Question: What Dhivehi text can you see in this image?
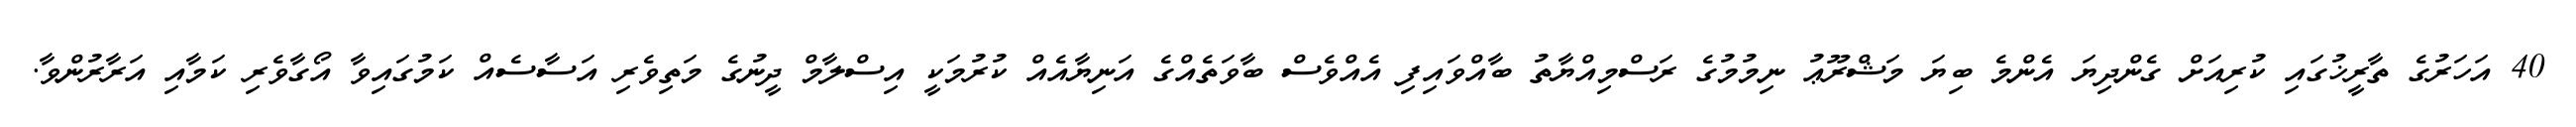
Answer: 40 އަހަރުގެ ތާރީޚުގައި ކުރިއަށް ގެންދިޔަ އެންމެ ބިޔަ މަޝްރޫޢު ނިމުމުގެ ރަސްމިއްޔާތު ބާއްވައިފި އެއްވެސް ބާވަތެއްގެ އަނިޔާއެއް ކުރުމަކީ އިސްލާމް ދީނުގެ މަތިވެރި އަސާސެއް ކަމުގައިވާ އޯގާވެރި ކަމާއި އަރާރުންވާ.